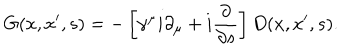
G ( x , x ^ { \prime } , s ) = - \left[ \gamma ^ { \mu } i \partial _ { \mu } + i \frac \partial { \partial s } \right] D ( x , x ^ { \prime } , s ) .